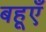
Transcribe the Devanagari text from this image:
बहूएँ